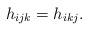
LaTeX: \begin{align*}h_{ijk}=h_{ikj}.\end{align*}